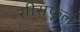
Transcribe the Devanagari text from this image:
सीसफूल